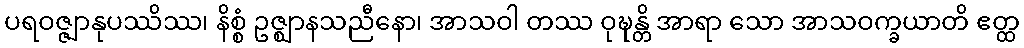
ပရဝဇ္ဇျာနုပဿိဿ၊ နိစ္စံ ဥဇ္ဈာနသညီနော၊ အာသဝါ တဿ ဝုဍ္ဎန္တိ အာရာ သော အာသဝက္ခယာတိ ဧတ္ထ